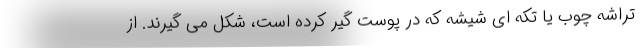
تراشه چوب یا تکه ای شیشه که در پوست گیر کرده است، شکل می گیرند. از